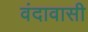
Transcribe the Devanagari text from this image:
वंदावासी